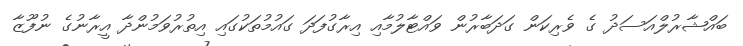
ބައްޝާރުލްއަސަދު ގެ ވެރިކަން ގަދަބާރުން ވައްޓާލުމާއި އިރާގުފަދަ ގައުމުތަކުގައި އިތުރުވަމުންދާ އީރާނުގެ ނުފޫޒާ